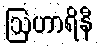
ဩဟာရိနီ